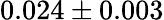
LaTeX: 0.024\pm 0.003